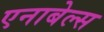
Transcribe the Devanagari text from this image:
एनाबेल्स